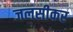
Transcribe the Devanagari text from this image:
जलसीकर